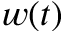
w ( t )